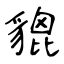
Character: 貔